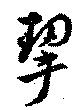
挈